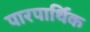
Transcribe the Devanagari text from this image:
पारपार्थिक